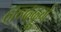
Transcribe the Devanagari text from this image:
नन्ददुर्ग